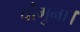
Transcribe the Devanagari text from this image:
चौगुना।